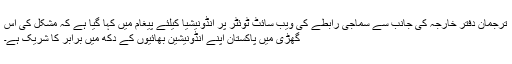
ترجمان دفتر خارجہ کی جانب سے سماجی رابطے کی ویب سائٹ ٹوئٹر پر انڈونیشیا کیلئے پیغام میں کہا گیا ہے کہ مشکل کی اس
گھڑی میں پاکستان اپنے انڈونیشین بھائیوں کے دکھ میں برابر کا شریک ہے۔